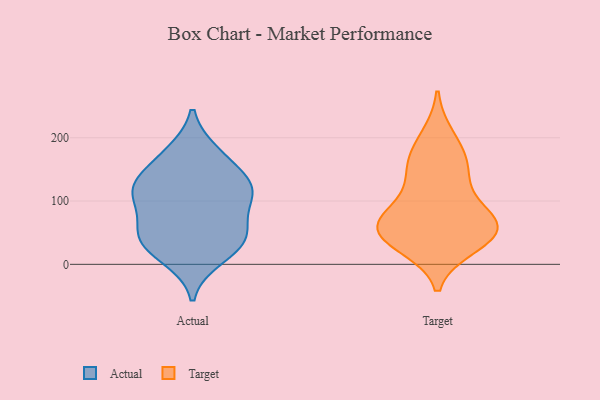
{"axis": {"x": "Operating Costs (USD K)", "y": "Value"}, "legend": ["Actual", "Target"], "data": [{"x": "", "y": 121, "type": "Actual"}, {"x": "", "y": 52, "type": "Actual"}, {"x": "", "y": 51, "type": "Actual"}, {"x": "", "y": 33, "type": "Actual"}, {"x": "", "y": 132, "type": "Actual"}, {"x": "", "y": 101, "type": "Actual"}, {"x": "", "y": 10, "type": "Actual"}, {"x": "", "y": 130, "type": "Actual"}, {"x": "", "y": 104, "type": "Actual"}, {"x": "", "y": 26, "type": "Actual"}, {"x": "", "y": 116, "type": "Actual"}, {"x": "", "y": 171, "type": "Actual"}, {"x": "", "y": 177, "type": "Actual"}, {"x": "", "y": 55, "type": "Actual"}, {"x": "", "y": 143, "type": "Target"}, {"x": "", "y": 200, "type": "Target"}, {"x": "", "y": 44, "type": "Target"}, {"x": "", "y": 55, "type": "Target"}, {"x": "", "y": 170, "type": "Target"}, {"x": "", "y": 31, "type": "Target"}, {"x": "", "y": 64, "type": "Target"}, {"x": "", "y": 147, "type": "Target"}, {"x": "", "y": 50, "type": "Target"}, {"x": "", "y": 73, "type": "Target"}, {"x": "", "y": 53, "type": "Target"}, {"x": "", "y": 91, "type": "Target"}]}